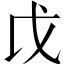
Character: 戉